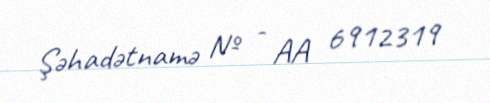
Şəhadətnamə № - AA 6912319